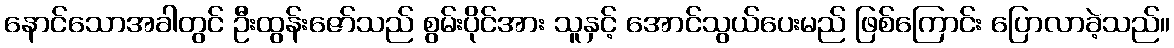
နောင်သောအခါတွင် ဦးထွန်းဇော်သည် စွမ်းပိုင်အား သူနှင့် အောင်သွယ်ပေးမည် ဖြစ်ကြောင်း ပြောလာခဲ့သည်။